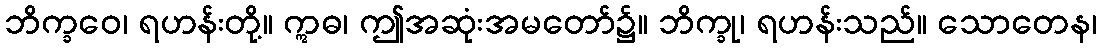
ဘိက္ခဝေ၊ ရဟန်းတို့။ ဣဓ၊ ဤအဆုံးအမတော်၌။ ဘိက္ခု၊ ရဟန်းသည်။ သောတေန၊